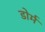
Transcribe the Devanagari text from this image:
डोर्म